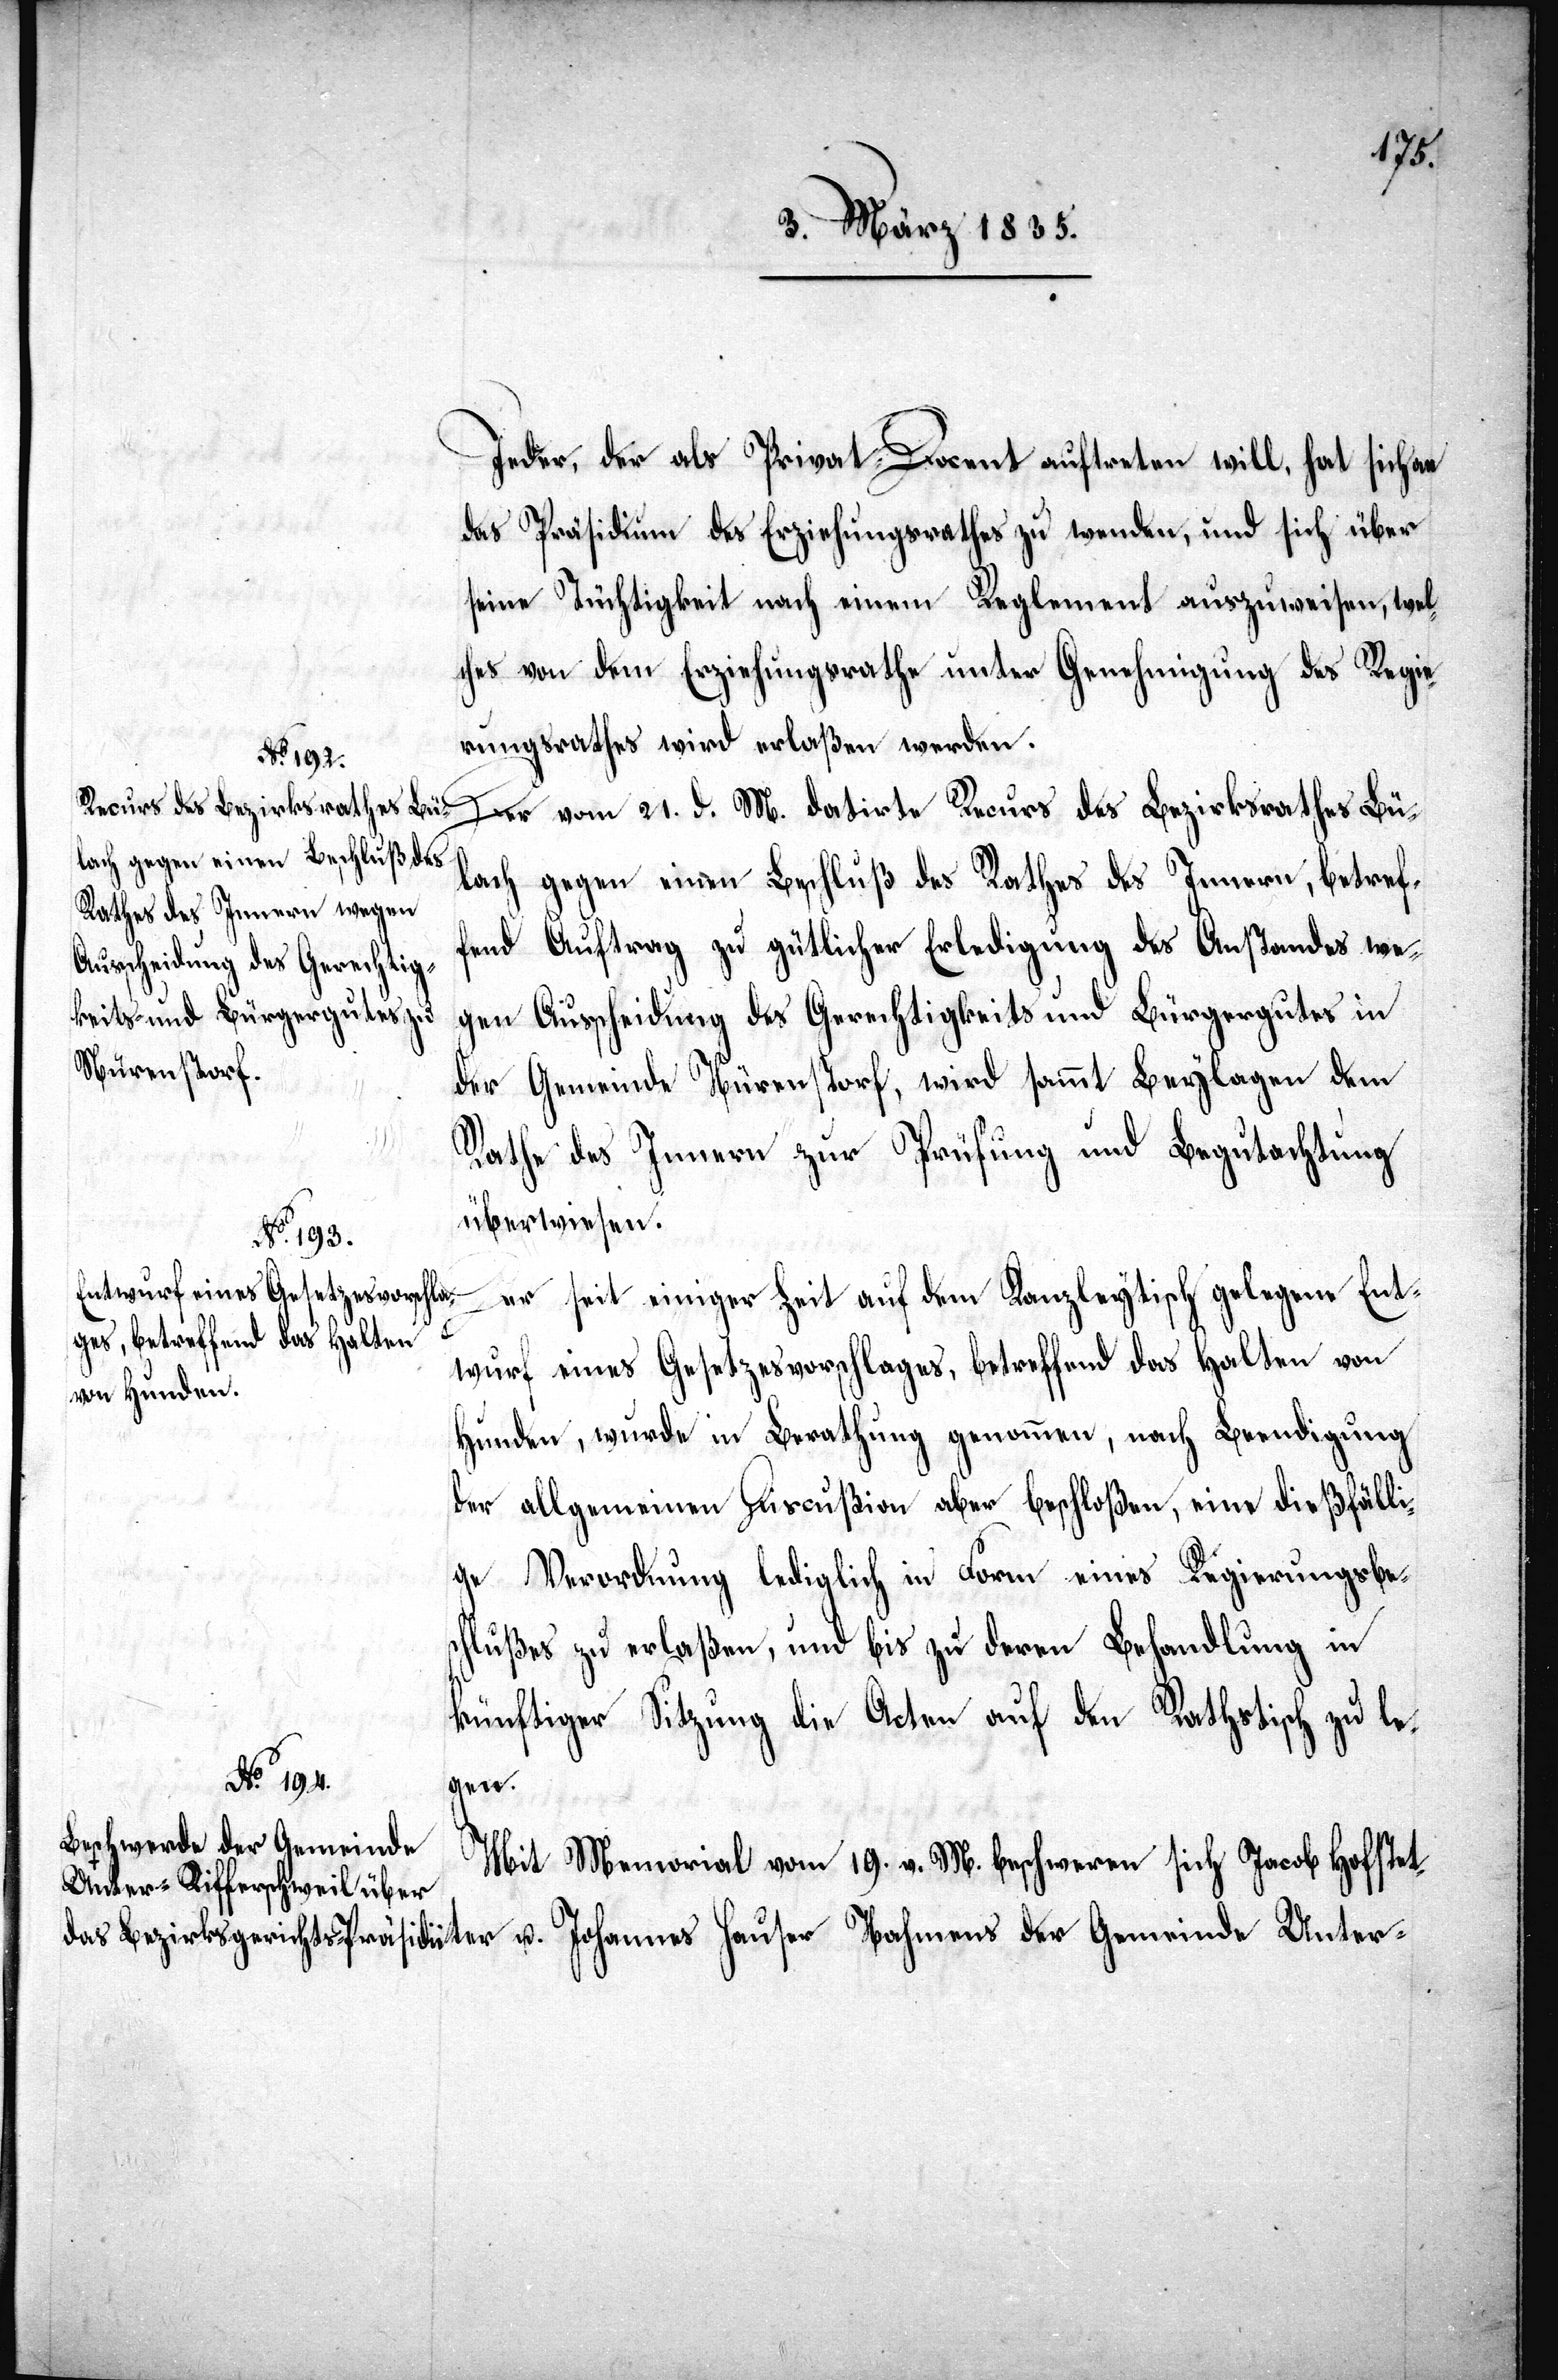
Jeder, der als Privat-Docent auftreten will, hat sich an
das Präsidium des Erziehungsrathes zu wenden, und sich über
seine Tüchtigkeit nach einem Reglement auszuweisen, welc¬
hes von dem Erziehungsrathe unter Genehmigung des Regie¬
rungsrathes wird erlaßen werden.
Der vom 21. d. M. datirte Recurs des Bezirksrathes Bü¬
lach gegen einen Beschluß des Rathes des Innern, betref¬
fend Auftrag zu gütlicher Erledigung des Anstandes we¬
gen Ausscheidung des Gerechtigkeits[-] und Bürgergutes in
der Gemeinde Nürenstorf, wird sammt Beylagen dem
Rathe des Innern zur Prüfung und Begutachtung
überwiesen.
der
Der seit einiger Zeit auf dem Kanzleytisch gelegene Ent¬
wurf eines Gesetzesvorschlages, betreffend das Halten von
Hunden, wurde in Berathung genommen, nach Beendigung
der allgemeinen Discußion aber beschloßen, eine dießfälli¬
ge Verordnung lediglich in Form eines Regierungsbe¬
schlußes zu erlaßen, und bis zu deren Behandlung in
künftiger Sitzung die Acten auf den Rathstisch zu le¬
Mit Memorial vom 19. v. M. beschweren sich Jacob Hofstet¬